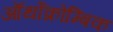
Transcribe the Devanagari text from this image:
ऑर्थोक्रोम्बिक